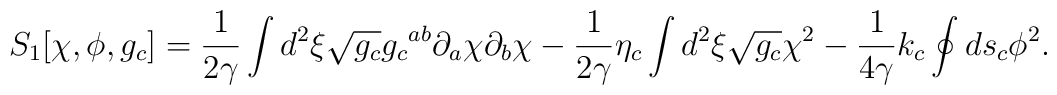
{S_1}[\chi,\phi,{g_c}]={1\over{2\gamma}}\int{d^2}\xi\sqrt{g_c}{{g_c}^{ab}}{\partial_a}\chi{\partial_b}\chi-{1\over{2\gamma}}{\eta_c}\int{d^2}\xi\sqrt{g_c}{\chi^2}-{1\over{4\gamma}}{k_c}\oint{d}{s_c}{\phi^2}.